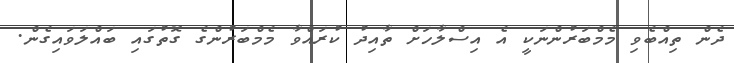
ދެން ތިއްބެވި މެމްބަރުންނަކީ އެ އިސްލާހަށް ތާއިދު ކުރައްވާ މެމްބަރުންގެ ގޮތުގައި ބައްލަވައިގެން.